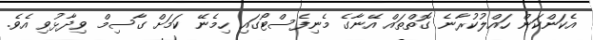
އެކަންކަން ހައްލުކުރާނެ ގޮތްތައް އޭނާގެ މެނިފެސްޓޯގައި ހިމެނޭ ކަމަށް ގާސިމް ވިދާޅުވި އެވެ.